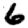
Digit: 6